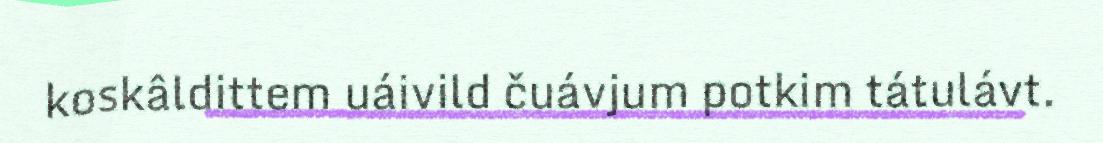
koskâldittem uáivild čuávjum potkim tátulávt.